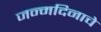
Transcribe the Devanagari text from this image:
जन्मदिनाचे